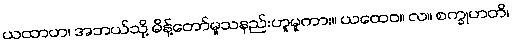
ယထာဟ၊ အဘယ်သို့ မိန့်တော်မူသနည်းဟူမူကား။ ယထေဝ။ လ။ စက္ခုဟတိ၊